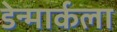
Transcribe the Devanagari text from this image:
डेन्मार्कला